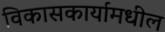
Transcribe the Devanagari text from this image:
विकासकार्यामधील